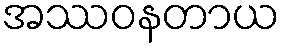
အဿဝနတာယ